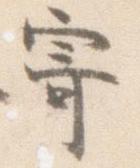
寄